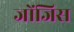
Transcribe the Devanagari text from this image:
जोंजिस